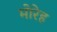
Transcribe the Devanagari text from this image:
मोरेह